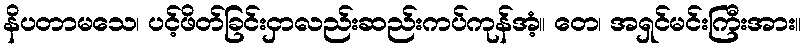
နိပတာမသေ၊ ပင့်ဖိတ်ခြင်းငှာလည်းဆည်းကပ်ကုန်အံ့။ တေ၊ အရှင်မင်းကြီးအား။